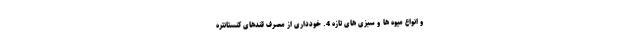
و انواع میوه ها و سبزی های تازه 4. خودداری از مصرف قندهای کنستانتره